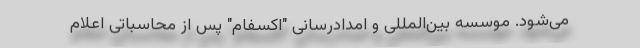
می‌شود. موسسه بین‌المللی و امدادرسانی "اکسفام" پس از محاسباتی اعلام